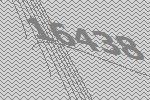
16438